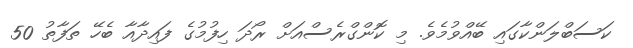
ކަސަބްލަންކާގައި ބޭއްވުމެވެ. މި ކޮންގްރެސްއަށް ރޯދަ ހިފުމުގެ ފައިދާއާ ބެހޭ ތަފާތު 50